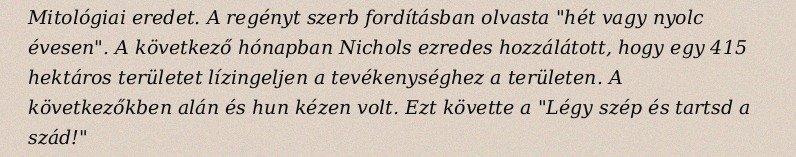
Mitológiai eredet. A regényt szerb fordításban olvasta "hét vagy nyolc évesen". A következő hónapban Nichols ezredes hozzálátott, hogy egy 415 hektáros területet lízingeljen a tevékenységhez a területen. A következőkben alán és hun kézen volt. Ezt követte a "Légy szép és tartsd a szád!"